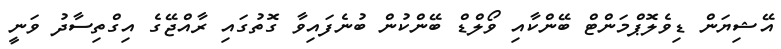
އޭޝިޔަން ޑިވެލޮޕްމަންޓް ބޭންކާއި ވޯލްޑް ބޭންކުން ބުނެފައިވާ ގޮތުގައި ރާއްޖޭގެ އިގްތިސާދު ވަނީ